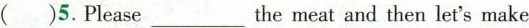
()5.Please___the meat and then let's make